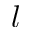
l